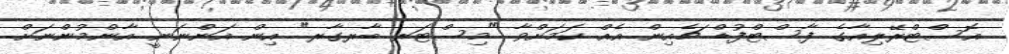
އޮސްޓްރޭލިއާގެ ފާސްޓްފުޑް ޗެއިން އެއް ކަމަށްވާ "މިސްޓަރ ބާރގާރ" އިން އަންނަނީ އާންމުންނަށް